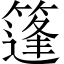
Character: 篷